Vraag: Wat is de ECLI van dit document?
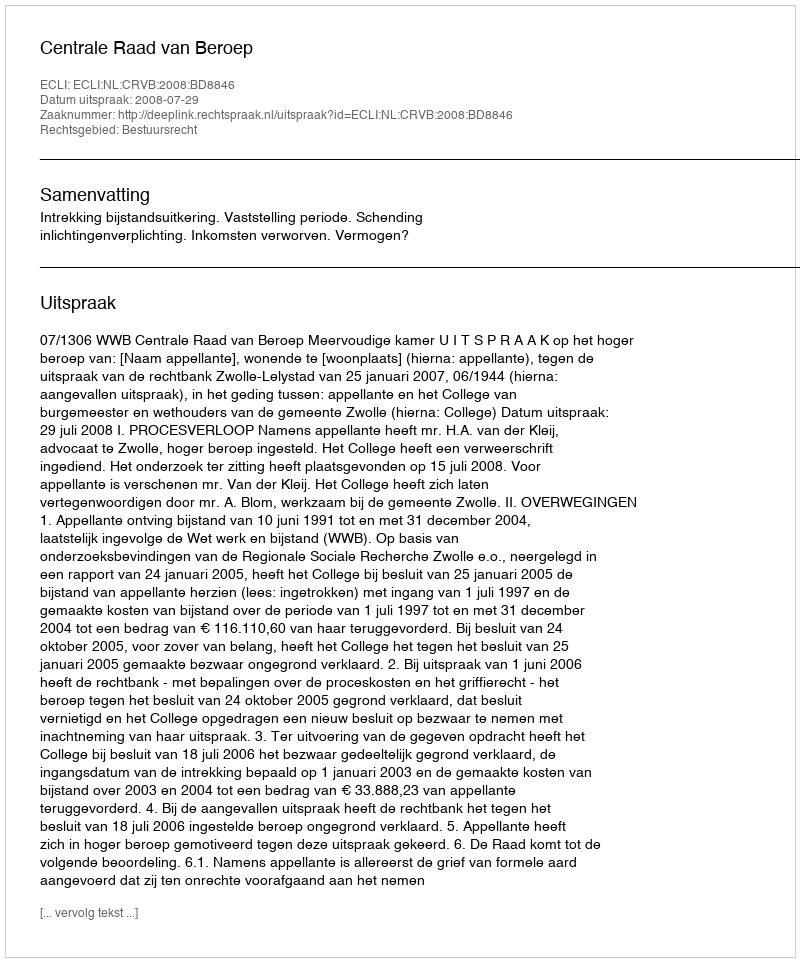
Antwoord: ECLI:NL:CRVB:2008:BD8846